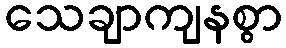
သေချာကျနစွာ